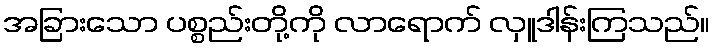
အခြားသော ပစ္စည်းတို့ကို လာရောက် လှူဒါန်းကြသည်။